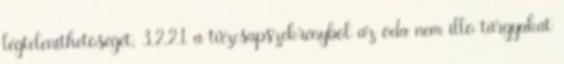
légteleníthetõségét, 3.2.2.1. a tûzcsapszekrénybõl az oda nem illõ tárgyakat